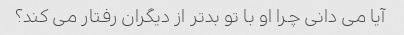
آیا می دانی چرا او با تو بدتر از دیگران رفتار می کند؟